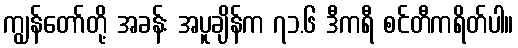
ကျွန်တော်တို့ အခန်း အပူချိန်က ၇၁.၆ ဒီကရီ စင်တီကရိတ်ပါ။